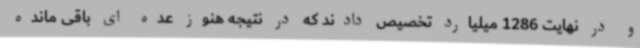
و در نهایت 1286 میلیارد تخصیص دادند که در نتیجه هنوز عده ای باقی مانده